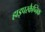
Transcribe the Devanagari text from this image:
हाइपरकैप्निक